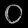
Digit: ၀